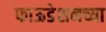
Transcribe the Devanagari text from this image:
फाऊडेशनच्या